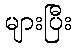
များပြီး